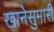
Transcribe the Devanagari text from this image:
खानेसुमारी